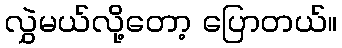
လွှဲမယ်လို့တော့ ပြောတယ်။